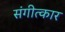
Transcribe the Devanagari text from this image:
संगीत्कार